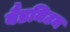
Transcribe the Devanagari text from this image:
बैडमिटन